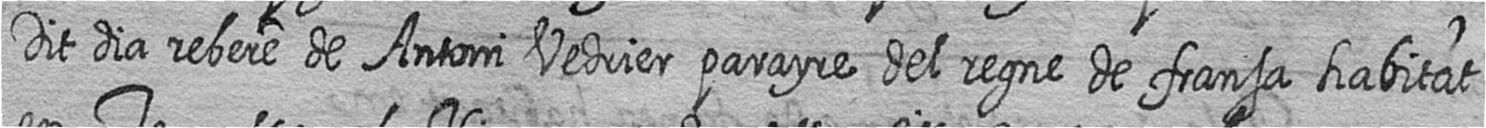
Dit dia rebere de Antoni Vedrier parayre del regne de fransa habitat